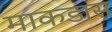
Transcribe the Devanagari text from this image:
माकडास